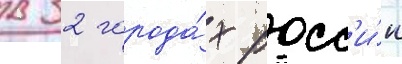
в 32 города́х росс'и́и